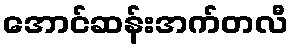
အောင်ဆန်းအက်တလီ